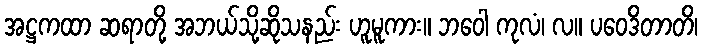
အဋ္ဌကထာ ဆရာတို့ အဘယ်သို့ဆိုသနည်း ဟူမူကား။ ဘဝေါ ကုလံ၊ လ။ ပဝေဒိတာတိ၊